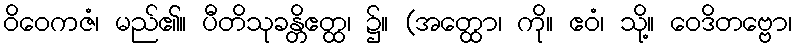
ဝိဝေကဇံ၊ မည်၏။ ပီတိသုခန္တိဧတ္ထ၊ ၌။ (အတ္ထော၊ ကို။ ဧဝံ၊ သို့။ ဝေဒိတဗ္ဗော၊